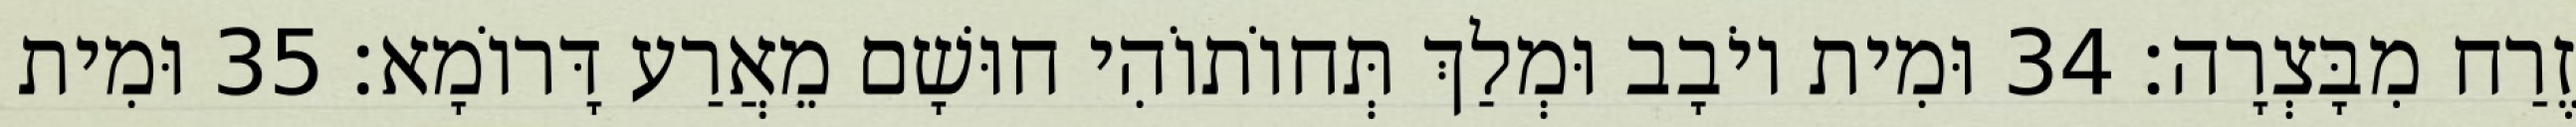
זֶרַח מִבָּצְרָה׃ 34 וּמִית יוֹבָב וּמְלַךְ תְּחוֹתוֹהִי חוּשָׁם מֵאֲרַע דָּרוֹמָא׃ 35 וּמִית